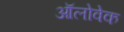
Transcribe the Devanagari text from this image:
ऑलोवेक